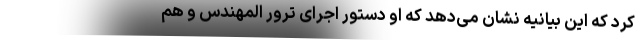
کرد که این بیانیه نشان می‌دهد که او دستور اجرای ترور المهندس و هم